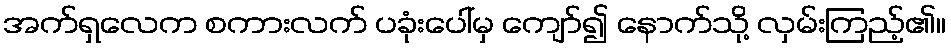
အက်ရှလေက စကားလက် ပခုံးပေါ်မှ ကျော်၍ နောက်သို့ လှမ်းကြည့်၏။